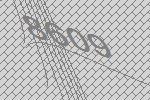
8609